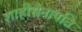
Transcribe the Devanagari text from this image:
शाहीसेनापति